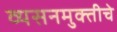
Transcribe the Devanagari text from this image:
व्यसनमुक्‍तीचे